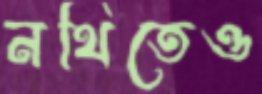
নথিতেও